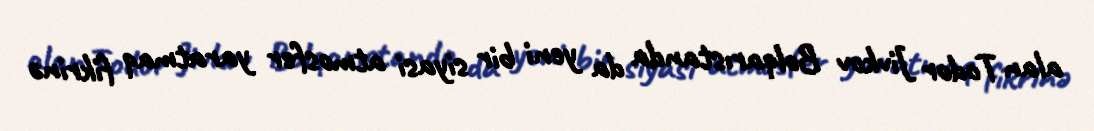
alan Todor Jivkov Bolqarıstanda da yeni bir siyasi atmosfer yaratmaq fikrinə